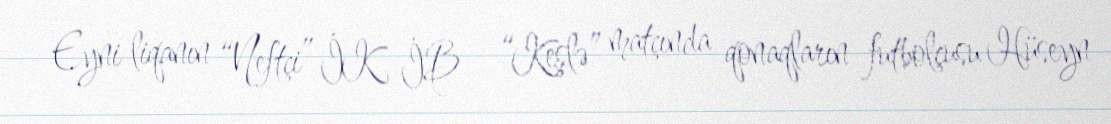
Eyni liqanın “Neftçi” İK İB – “Keşlə” matçında qonaqların futbolçusu Hüseyn